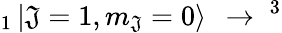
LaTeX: _{1}\mathinner{|{\mathfrak{J}=1,m_{\mathfrak{J}}=0}\rangle}~\rightarrow~^{3}